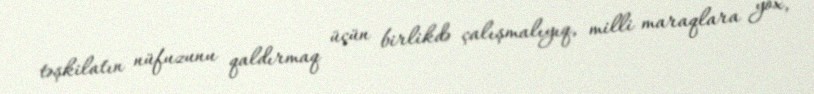
təşkilatın nüfuzunu qaldırmaq üçün birlikdə çalışmalıyıq, milli maraqlara yox,